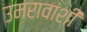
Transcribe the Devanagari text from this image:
उमरावांशी